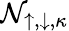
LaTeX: \mathcal{N}_{\mathord{\uparrow},\mathord{\downarrow},\kappa}